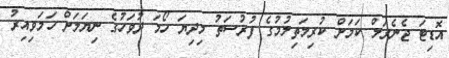
އޮޑިޓަ ޖެނެރަލް ކަމަށް ކުރިމަތިލުމުގެ ފުރުސަތު މިދިޔަ ހޯމަ ދުވަހުގެ ނިޔަލަށް ހަމަވިއިރު